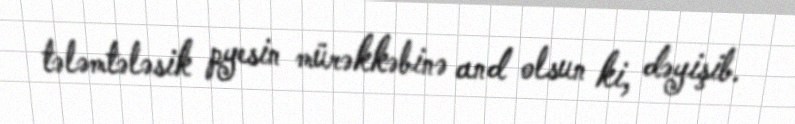
tələmtələsik pyesin mürəkkəbinə and olsun ki, dəyişib.